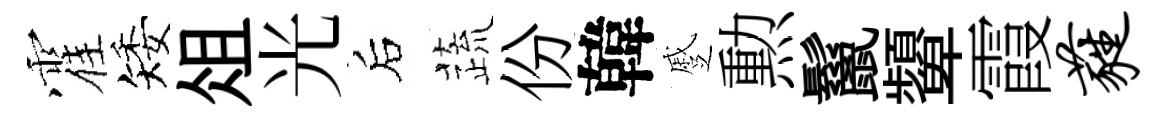
霍矮俎光后蔬份韓蹙勲鬣顰霞蕤